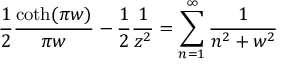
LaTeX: { \frac { 1 } { 2 } } { \frac { \coth ( \pi w ) } { \pi w } } - { \frac { 1 } { 2 } } { \frac { 1 } { z ^ { 2 } } } = \sum _ { n = 1 } ^ { \infty } { \frac { 1 } { n ^ { 2 } + w ^ { 2 } } }